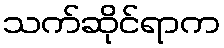
သက်ဆိုင်ရာက